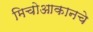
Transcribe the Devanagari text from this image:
मिचोआकानचे